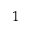
^ 1